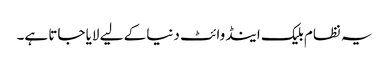
یہ نظام بلیک اینڈ وائٹ دنیا کے لیے لایا جاتا ہے۔